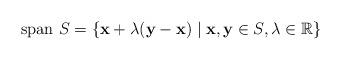
LaTeX: \begin{align*}\mathrm{span}~S = \{ \mathbf{x} + \lambda (\mathbf{y}-\mathbf{x}) \mid \mathbf{x}, \mathbf{y} \in S, \lambda \in \mathbb{R} \}\end{align*}